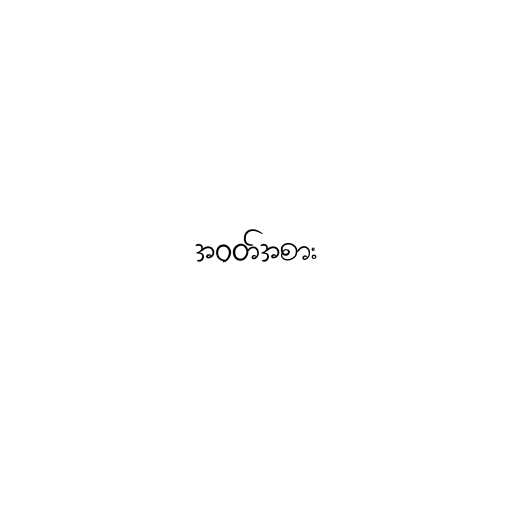
အဝတ်အစား